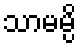
သာမမ္ပိ